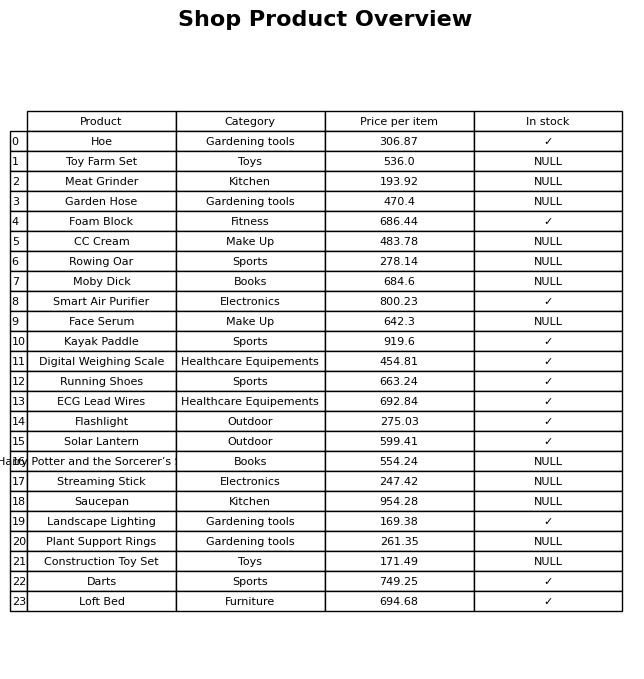
question: What is the price for Saucepan?
answer: The price of Saucepan is 954.28.